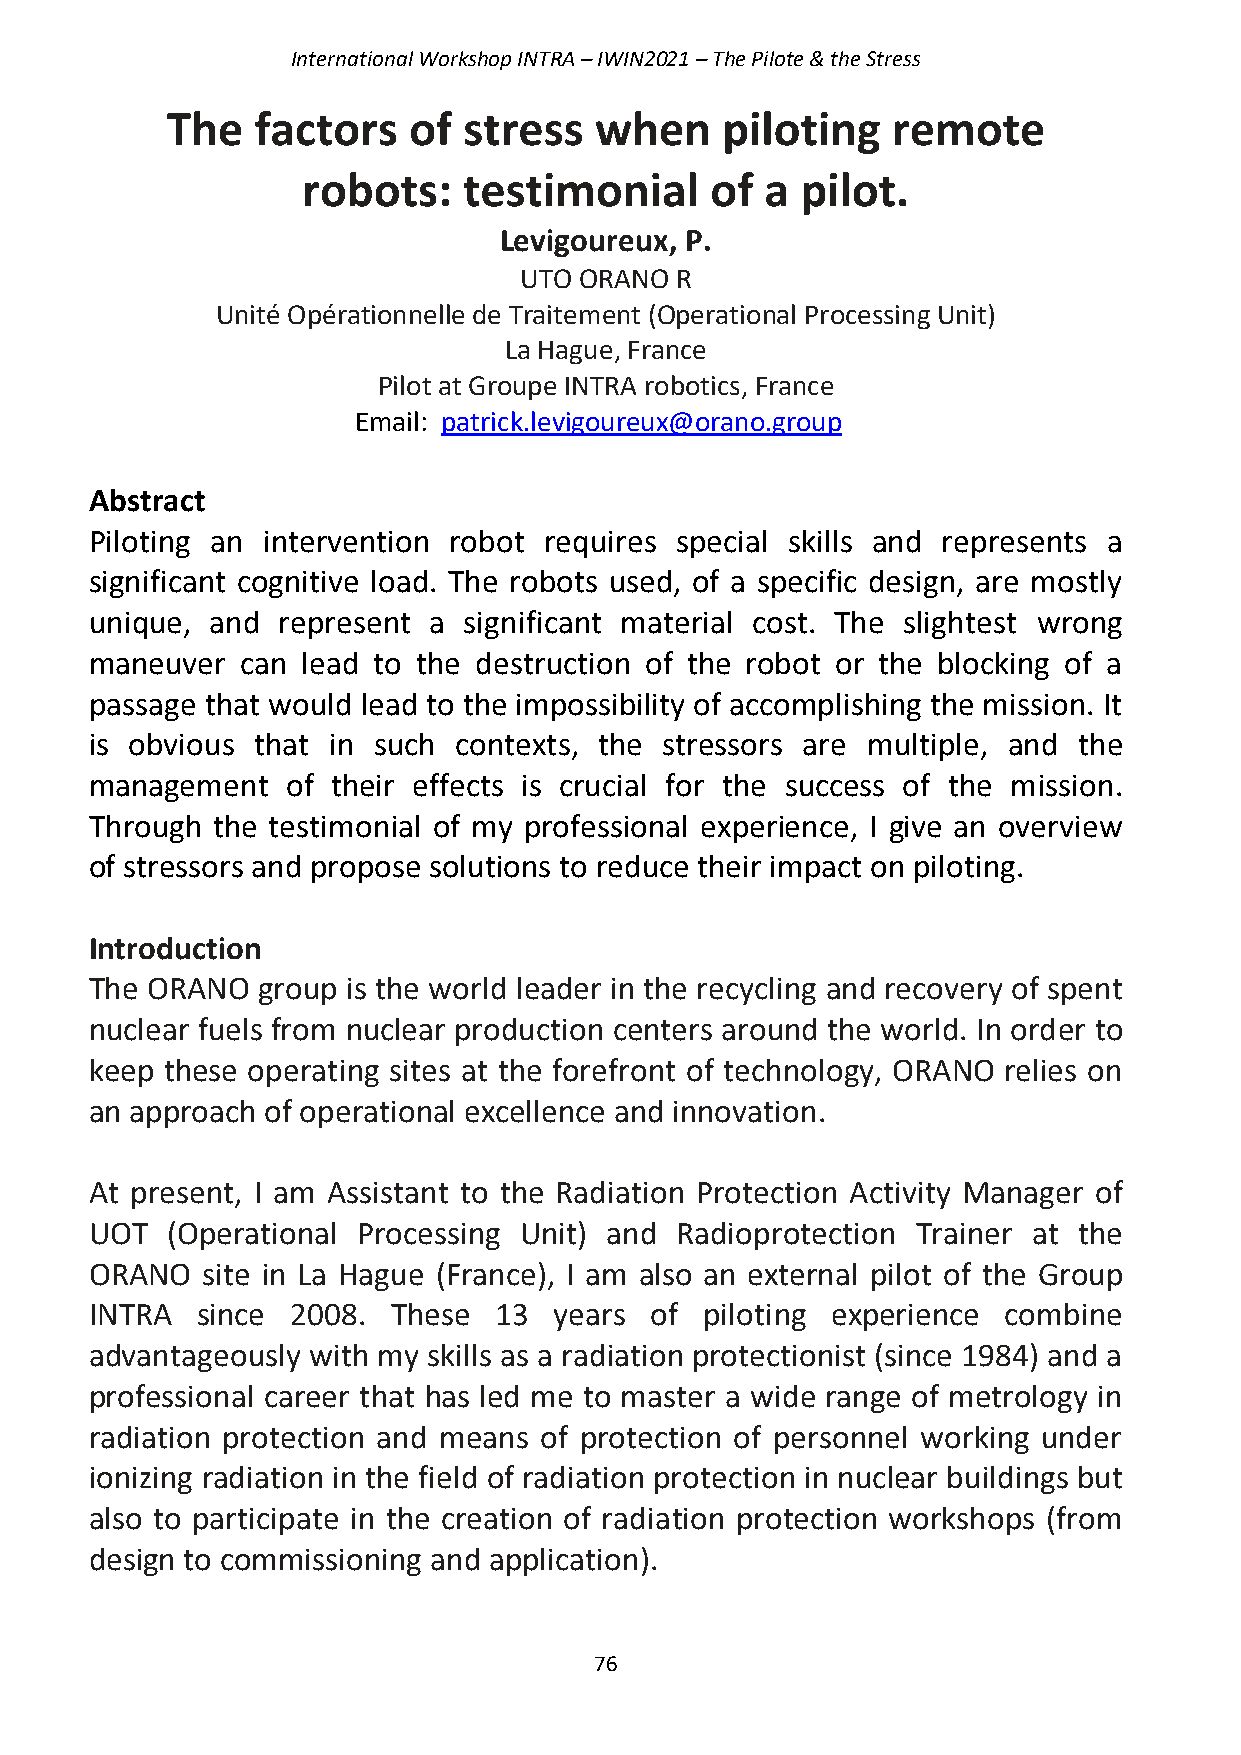
International Workshop INTRA – IWIN2021 – The Pilote & the Stress
 The   factors   of  stress  when     piloting   remote
 robots:    testimonial     of  a pilot.
 Levigoureux, P.
 UTO ORANO  R
 Unité Opérationnelle de Traitement (Operational Processing Unit)
 La Hague, France
 Pilot at Groupe INTRA robotics, France
 Email: patrick.levigoureux@orano.group
 Abstract
 Piloting an intervention robot requires special skills and represents a
 significant cognitive load. The robots used, of a specific design, are mostly
 unique, and represent a  significant material cost. The slightest wrong
 maneuver  can lead to the destruction of the robot or the blocking of a
 passage that would lead to the impossibility of accomplishing the mission. It
 is obvious that in such contexts, the stressors are multiple, and the
 management   of their effects is crucial for the success of the mission.
 Through the testimonial of my professional experience, I give an overview
 of stressors and propose solutions to reduce their impact on piloting.
 Introduction
 The ORANO  group is the world leader in the recycling and recovery of spent
 nuclear fuels from nuclear production centers around the world. In order to
 keep these operating sites at the forefront of technology, ORANO relies on
 an approach of operational excellence and innovation.
 At present, I am Assistant to the Radiation Protection Activity Manager of
 UOT  (Operational Processing Unit) and Radioprotection Trainer at the
 ORANO  site in La Hague (France), I am also an external pilot of the Group
 INTRA  since 2008.  These  13  years of  piloting experience combine
 advantageously with my skills as a radiation protectionist (since 1984) and a
 professional career that has led me to master a wide range of metrology in
 radiation protection and means of protection of personnel working under
 ionizing radiation in the field of radiation protection in nuclear buildings but
 also to participate in the creation of radiation protection workshops (from
 design to commissioning and application).
 76